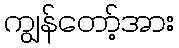
ကျွန်တော့်အား